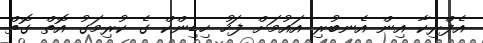
އެފްރިކާ އިން އެނބުރި އައުމަށް ފަހު ހިޑިންކް ގެ ކުރިމަގު އޮތް ގޮތް